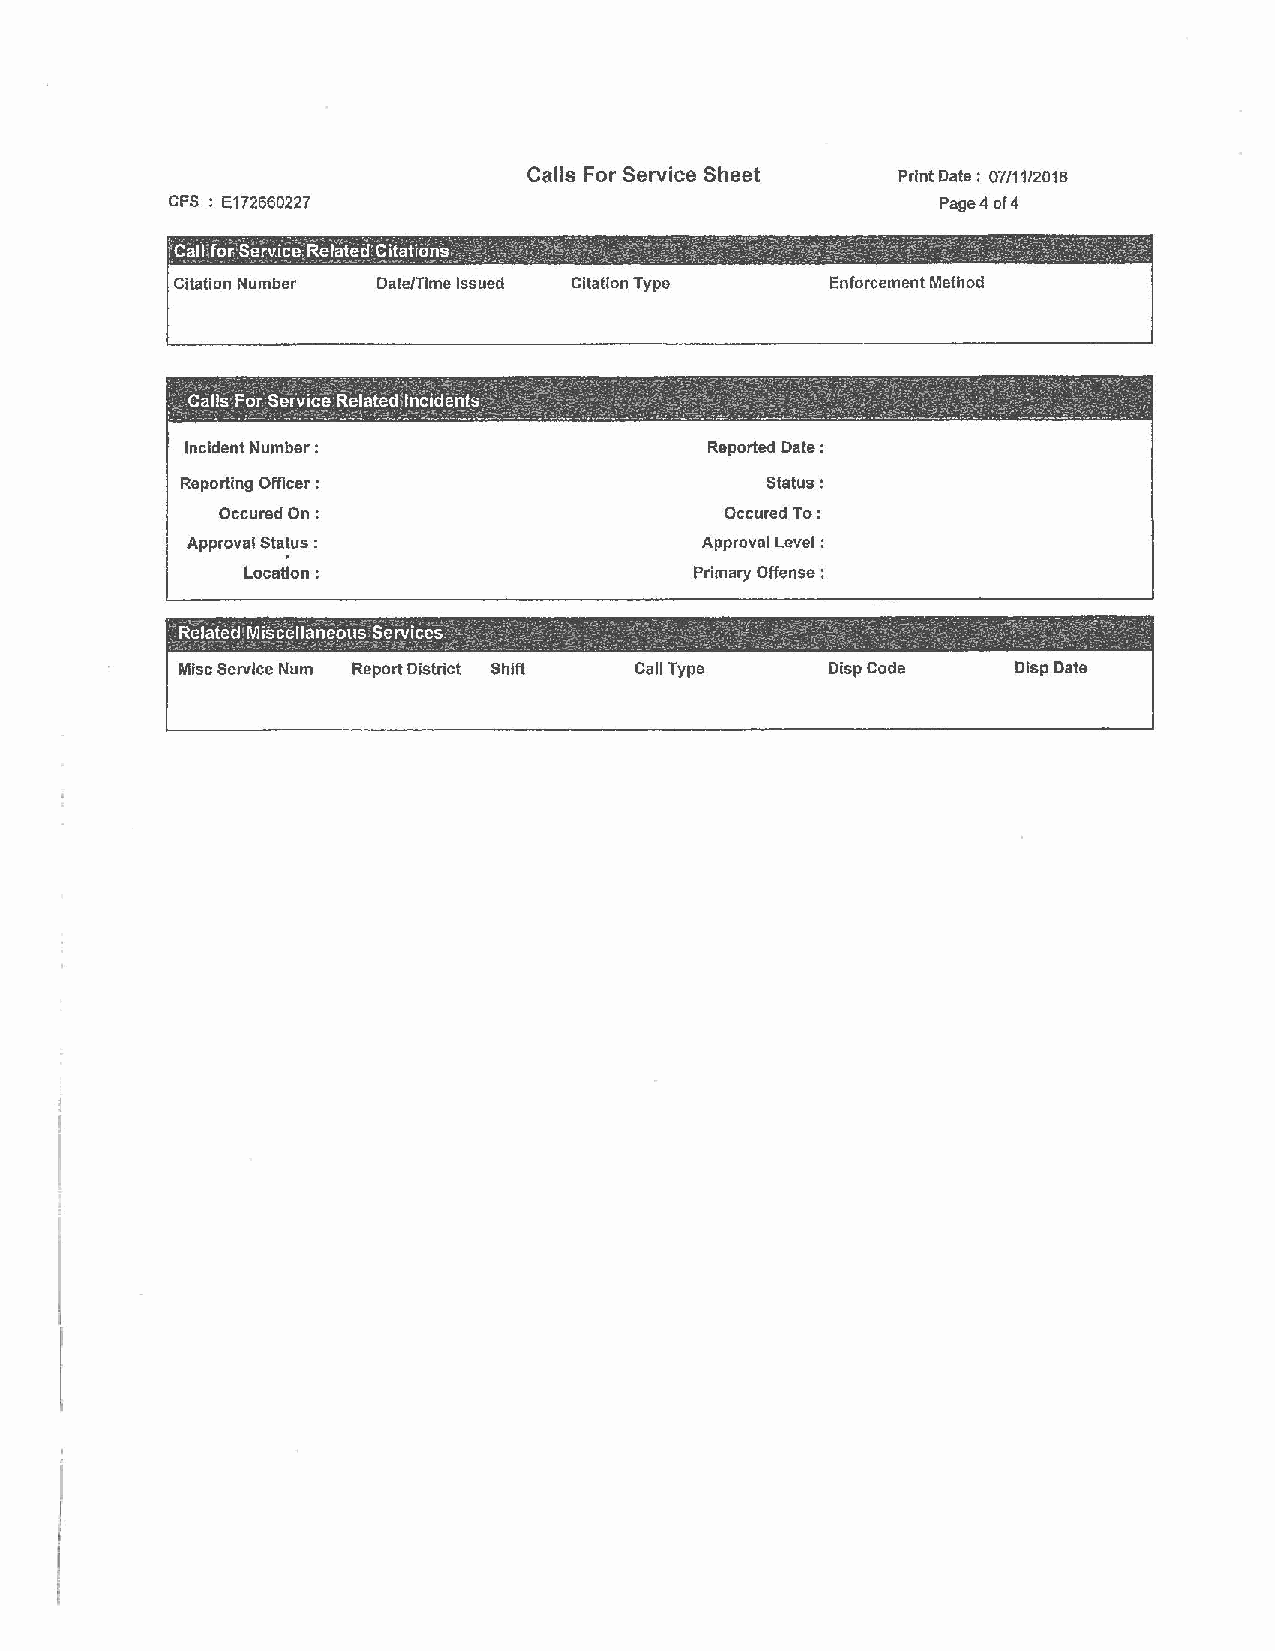
Calls For Service Sheet Print Date: 07/1112018
 CFS : E172660227                                   Page4 of 4
 Calrfor Servi~e R~l~ted ~itat_io~~ _ - .· ·: - ·. . ' : -·. ~ ... :. · .,., -: : · _- ·. , ...._ · ·. "" · • , :. ·-, · · • •· -~- : ;
 Citation Number Dale/Time Issued Citation Type Enforcement Method
 ,  ~    -        -     <                 - '   ~ ~
 Calls For Service Related Incidents    .   · .
 -   . - . . - .. , -..·- __ ' - __: ,..~ --.:. ' - --- • - . ·'- ,_ --~ - -.--.....- -· ---~--·-- --.1·-----·· - -____ : _______ .
 Incident Number :                  Reported Date :
 Reporting Officer:                     Status:
 Occured On:                       Occured To:
 Approval Status :                 Approval Level :
 Location:                     Primary Offense:
 Related Miscellaneous Services · . .         .              .
 .                  .
 Misc Service Num Report District Shift Call Type Disp Code Dlsp Date
 '
 t
 l'
 I